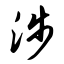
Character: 涉